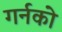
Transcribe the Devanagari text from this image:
गर्नको